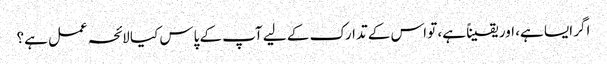
اگر ایسا ہے، اور یقیناً ہے، تو اس کے تدارک کے لیے آپ کے پاس کیا لائحہ عمل ہے؟